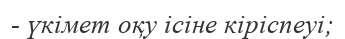
- үкімет оқу ісіне кіріспеуі;